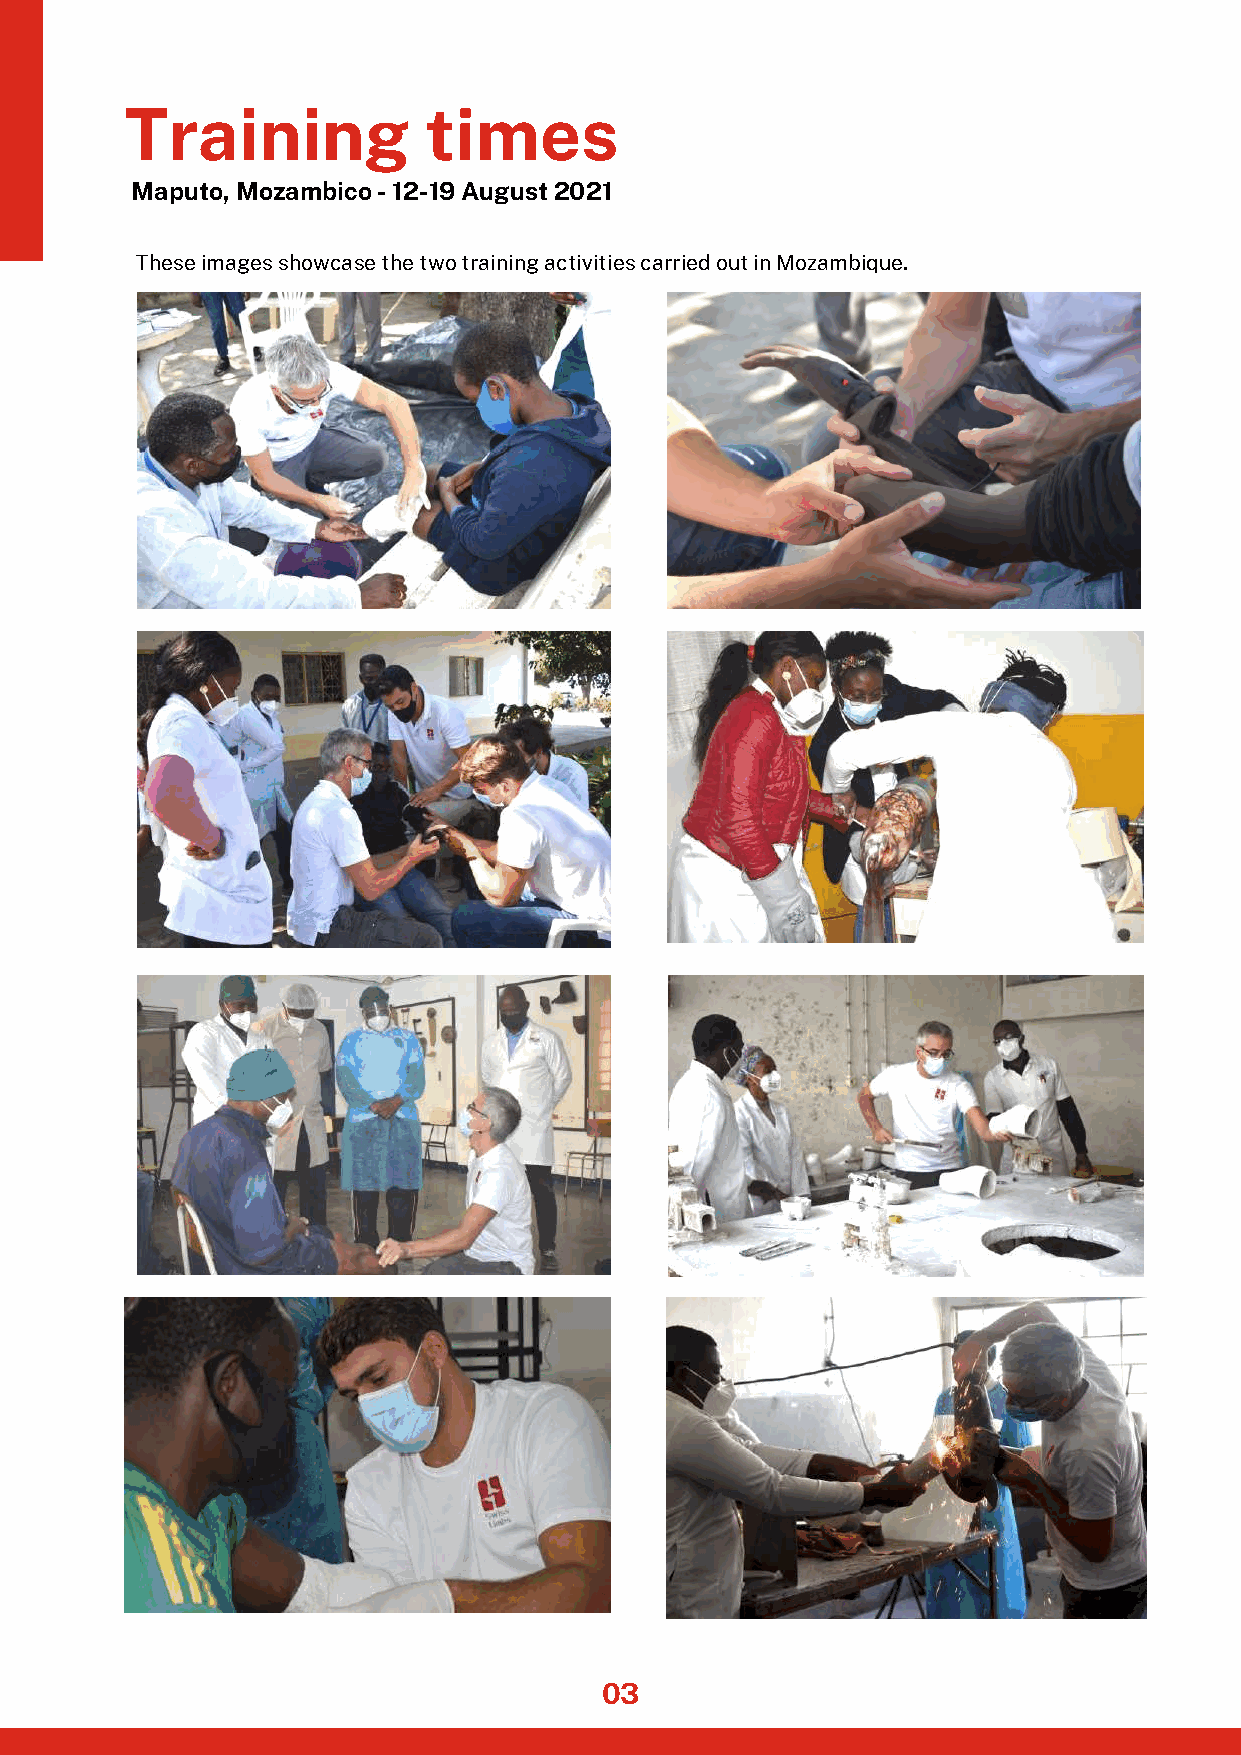
Training            times
 Maputo, Mozambico - 12-19 August 2021
 These images showcase the two training activities carried out in Mozambique.
 03